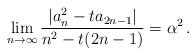
LaTeX: \begin{align*} \lim_{n\rightarrow\infty} \frac{|a_n^2 - t a_{2n-1}|}{n^2 -t(2n-1)} = \alpha^2\,.\end{align*}